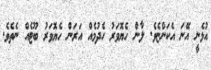
އުޅެނީ އޭނަ އެކަންޏެވެ. ލާން ހެޔޮވަރު ހެދުމެއް އަރަން ހެޔޮވަރު ބޫޓެއް ނެތެވެ.